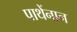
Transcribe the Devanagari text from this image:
पाथेंनान